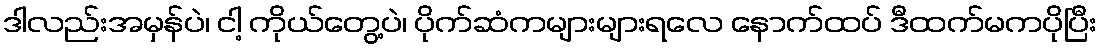
ဒါလည်းအမှန်ပဲ၊ ငါ့ ကိုယ်တွေ့ပဲ၊ ပိုက်ဆံကများများရလေ နောက်ထပ် ဒီထက်မကပိုပြီး